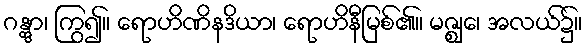
ဂန္တွာ၊ ကြွ၍။ ရောဟိဏိနဒိယာ၊ ရောဟိနီမြစ်၏။ မဇ္ဈေ၊ အလယ်၌။